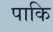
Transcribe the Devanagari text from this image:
पाकि